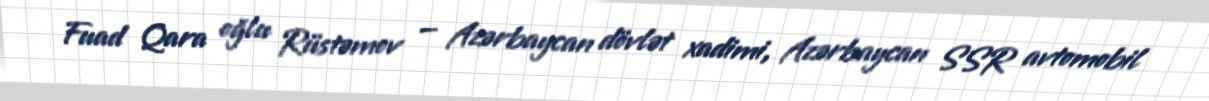
Fuad Qara oğlu Rüstəmov — Azərbaycan dövlət xadimi, Azərbaycan SSR avtomobil